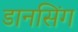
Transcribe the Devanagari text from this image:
डानसिंग